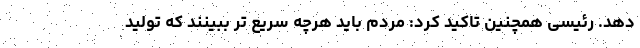
دهد. رئیسی همچنین تاکید کرد: مردم باید هرچه سریع تر ببینند که تولید